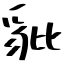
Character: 豼